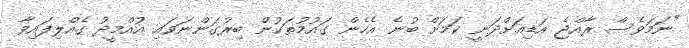
"ނަމަވެސް ރާއްޖެ އަޑިއަށްދަނީ ކަމަށް ބުނެ އެހެން ގައުމުތަކުން ބިރުގަންނަވައި އުއްމީދު ގެއްލިފައިވާ